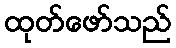
ထုတ်ဖော်သည်